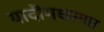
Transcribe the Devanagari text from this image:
यादीमधल्या